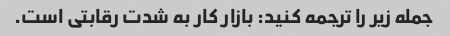
جمله زیر را ترجمه کنید: بازار کار به شدت رقابتی است.